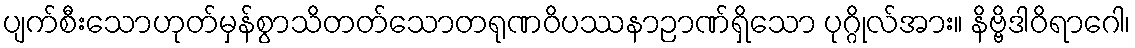
ပျက်စီးသောဟုတ်မှန်စွာသိတတ်သောတရုဏဝိပဿနာဉာဏ်ရှိသော ပုဂ္ဂိုလ်အား။ နိဗ္ဗိဒါဝိရာဂေါ၊